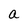
Character: a